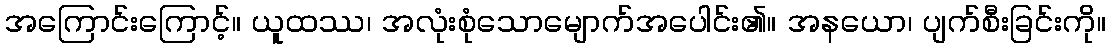
အကြောင်းကြောင့်။ ယူထဿ၊ အလုံးစုံသောမျောက်အပေါင်း၏။ အနယော၊ ပျက်စီးခြင်းကို။